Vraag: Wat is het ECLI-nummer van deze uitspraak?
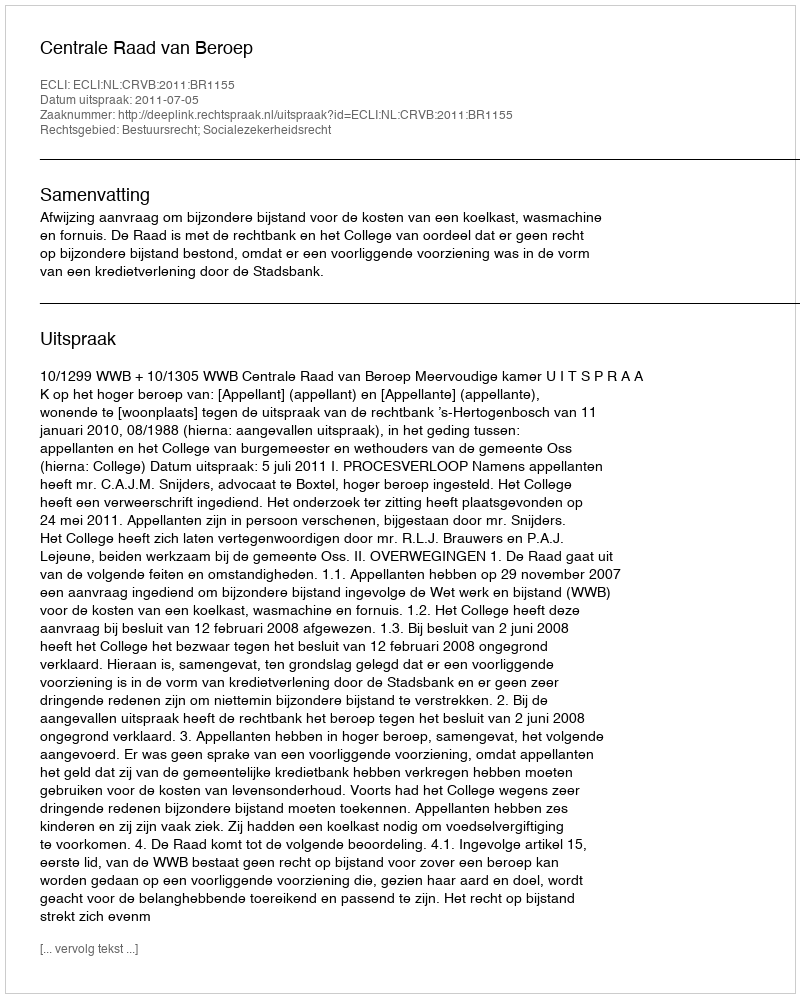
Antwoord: ECLI:NL:CRVB:2011:BR1155